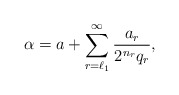
\begin{align*}\alpha= a + \sum_{r=\ell_1}^{\infty}\frac{a_r}{2^{n_r} q_r},\end{align*}